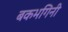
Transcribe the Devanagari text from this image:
बकभगिनी